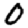
Digit: 0